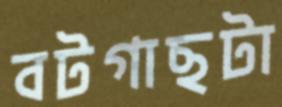
বটগাছটা